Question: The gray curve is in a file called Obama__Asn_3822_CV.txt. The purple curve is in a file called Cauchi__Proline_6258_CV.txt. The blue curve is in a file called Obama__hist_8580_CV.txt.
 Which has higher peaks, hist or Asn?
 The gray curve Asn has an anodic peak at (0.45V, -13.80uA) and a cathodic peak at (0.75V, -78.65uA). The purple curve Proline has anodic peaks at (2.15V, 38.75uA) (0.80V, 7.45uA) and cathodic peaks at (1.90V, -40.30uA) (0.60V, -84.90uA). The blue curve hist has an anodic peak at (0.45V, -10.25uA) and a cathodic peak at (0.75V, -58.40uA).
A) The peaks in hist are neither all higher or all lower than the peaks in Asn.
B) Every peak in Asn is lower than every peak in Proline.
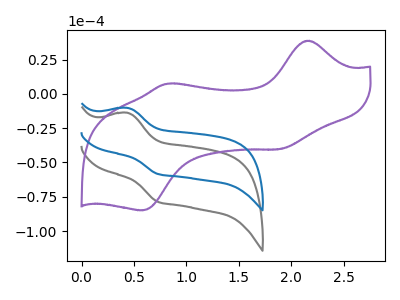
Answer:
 <answer>A) The peaks in "hist" are neither all higher or all lower than the peaks in "Asn".</answer>
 <eval>A</eval>